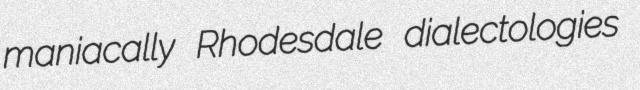
maniacally Rhodesdale dialectologies